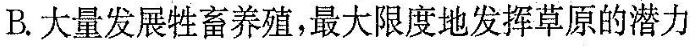
B.大量发展牲畜养殖，最大限度地发挥草原的潜力